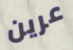
عرين